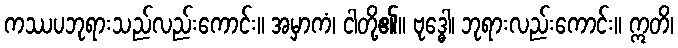
ကဿပဘုရားသည်လည်းကောင်း။ အမှာကံ၊ ငါတို့၏။ ဗုဒ္ဓေါ၊ ဘုရားလည်းကောင်း။ ဣတိ၊